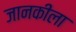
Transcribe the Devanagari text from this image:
जानकीला